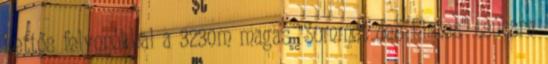
kettős felvonókkal a 3230m magas "Sommet des Pistes" csúcsra